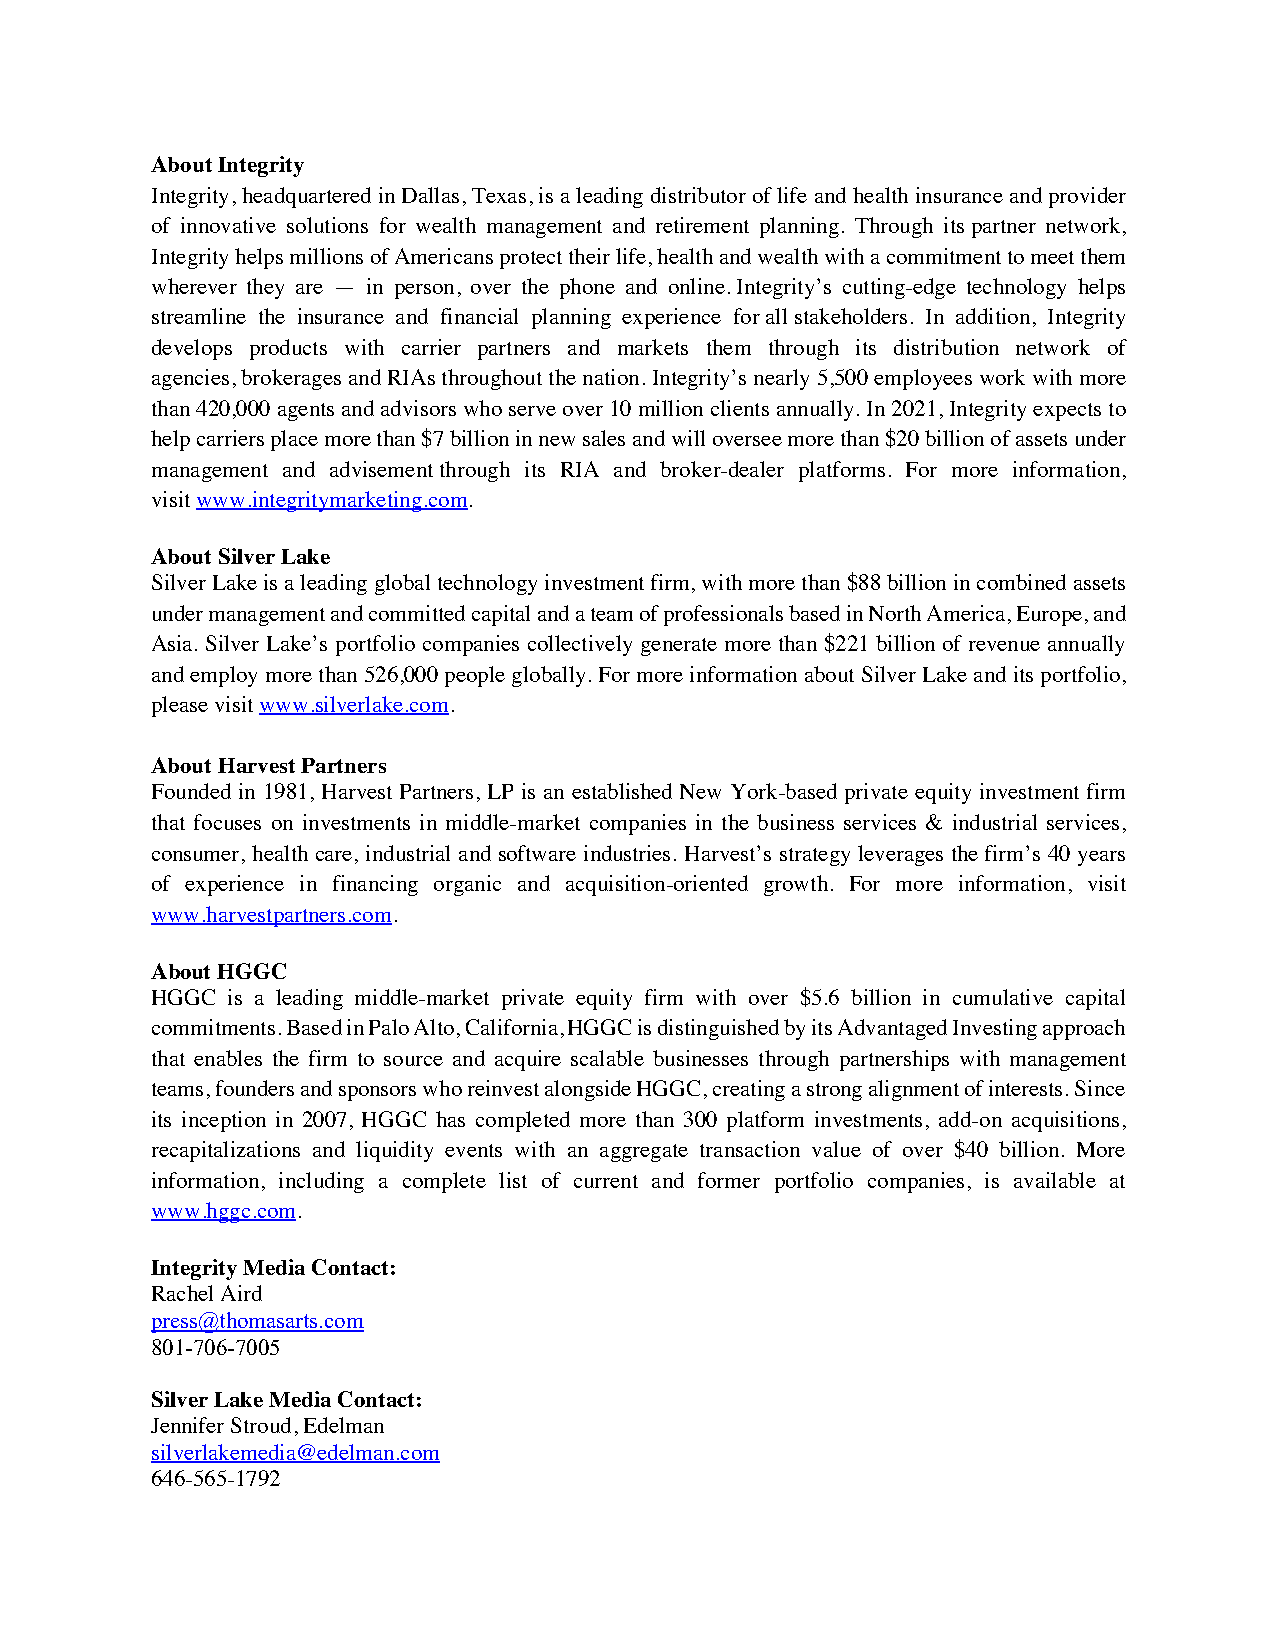
About Integrity
 Integrity, headquartered in Dallas, Texas, is a leading distributor of life and health insurance and provider
 of innovative solutions for wealth management and retirement planning. Through its partner network,
 Integrity helps millions of Americans protect their life, health and wealth with a commitment to meet them
 wherever they are — in person, over the phone and online. Integrity’s cutting-edge technology helps
 streamline the insurance and financial planning experience for all stakeholders. In addition, Integrity
 develops products with carrier partners and markets them through its distribution network of
 agencies, brokerages and RIAs throughout the nation. Integrity’s nearly 5,500 employees work with more
 than 420,000 agents and advisors who serve over 10 million clients annually. In 2021, Integrity expects to
 help carriers place more than $7 billion in new sales and will oversee more than $20 billion of assets under
 management and advisement through its RIA and broker-dealer platforms. For more information,
 visit www.integritymarketing.com.
 About Silver Lake
 Silver Lake is a leading global technology investment firm, with more than $88 billion in combined assets
 under management and committed capital and a team of professionals based in North America, Europe, and
 Asia. Silver Lake’s portfolio companies collectively generate more than $221 billion of revenue annually
 and employ more than 526,000 people globally. For more information about Silver Lake and its portfolio,
 please visit www.silverlake.com.
 About Harvest Partners
 Founded in 1981, Harvest Partners, LP is an established New York-based private equity investment firm
 that focuses on investments in middle-market companies in the business services & industrial services,
 consumer, health care, industrial and software industries. Harvest’s strategy leverages the firm’s 40 years
 of experience in financing organic and acquisition-oriented growth. For more information, visit
 www.harvestpartners.com.
 About HGGC
 HGGC is a leading middle-market private equity firm with over $5.6 billion in cumulative capital
 commitments. Based in Palo Alto, California, HGGC is distinguished by its Advantaged Investing approach
 that enables the firm to source and acquire scalable businesses through partnerships with management
 teams, founders and sponsors who reinvest alongside HGGC, creating a strong alignment of interests. Since
 its inception in 2007, HGGC has completed more than 300 platform investments, add-on acquisitions,
 recapitalizations and liquidity events with an aggregate transaction value of over $40 billion. More
 information, including a complete list of current and former portfolio companies, is available at
 www.hggc.com.
 Integrity Media Contact:
 Rachel Aird
 press@thomasarts.com
 801-706-7005
 Silver Lake Media Contact:
 Jennifer Stroud, Edelman
 silverlakemedia@edelman.com
 646-565-1792